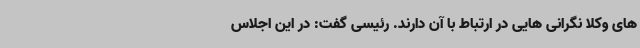
های وکلا نگرانی هایی در ارتباط با آن دارند. رئیسی گفت: در این اجلاس